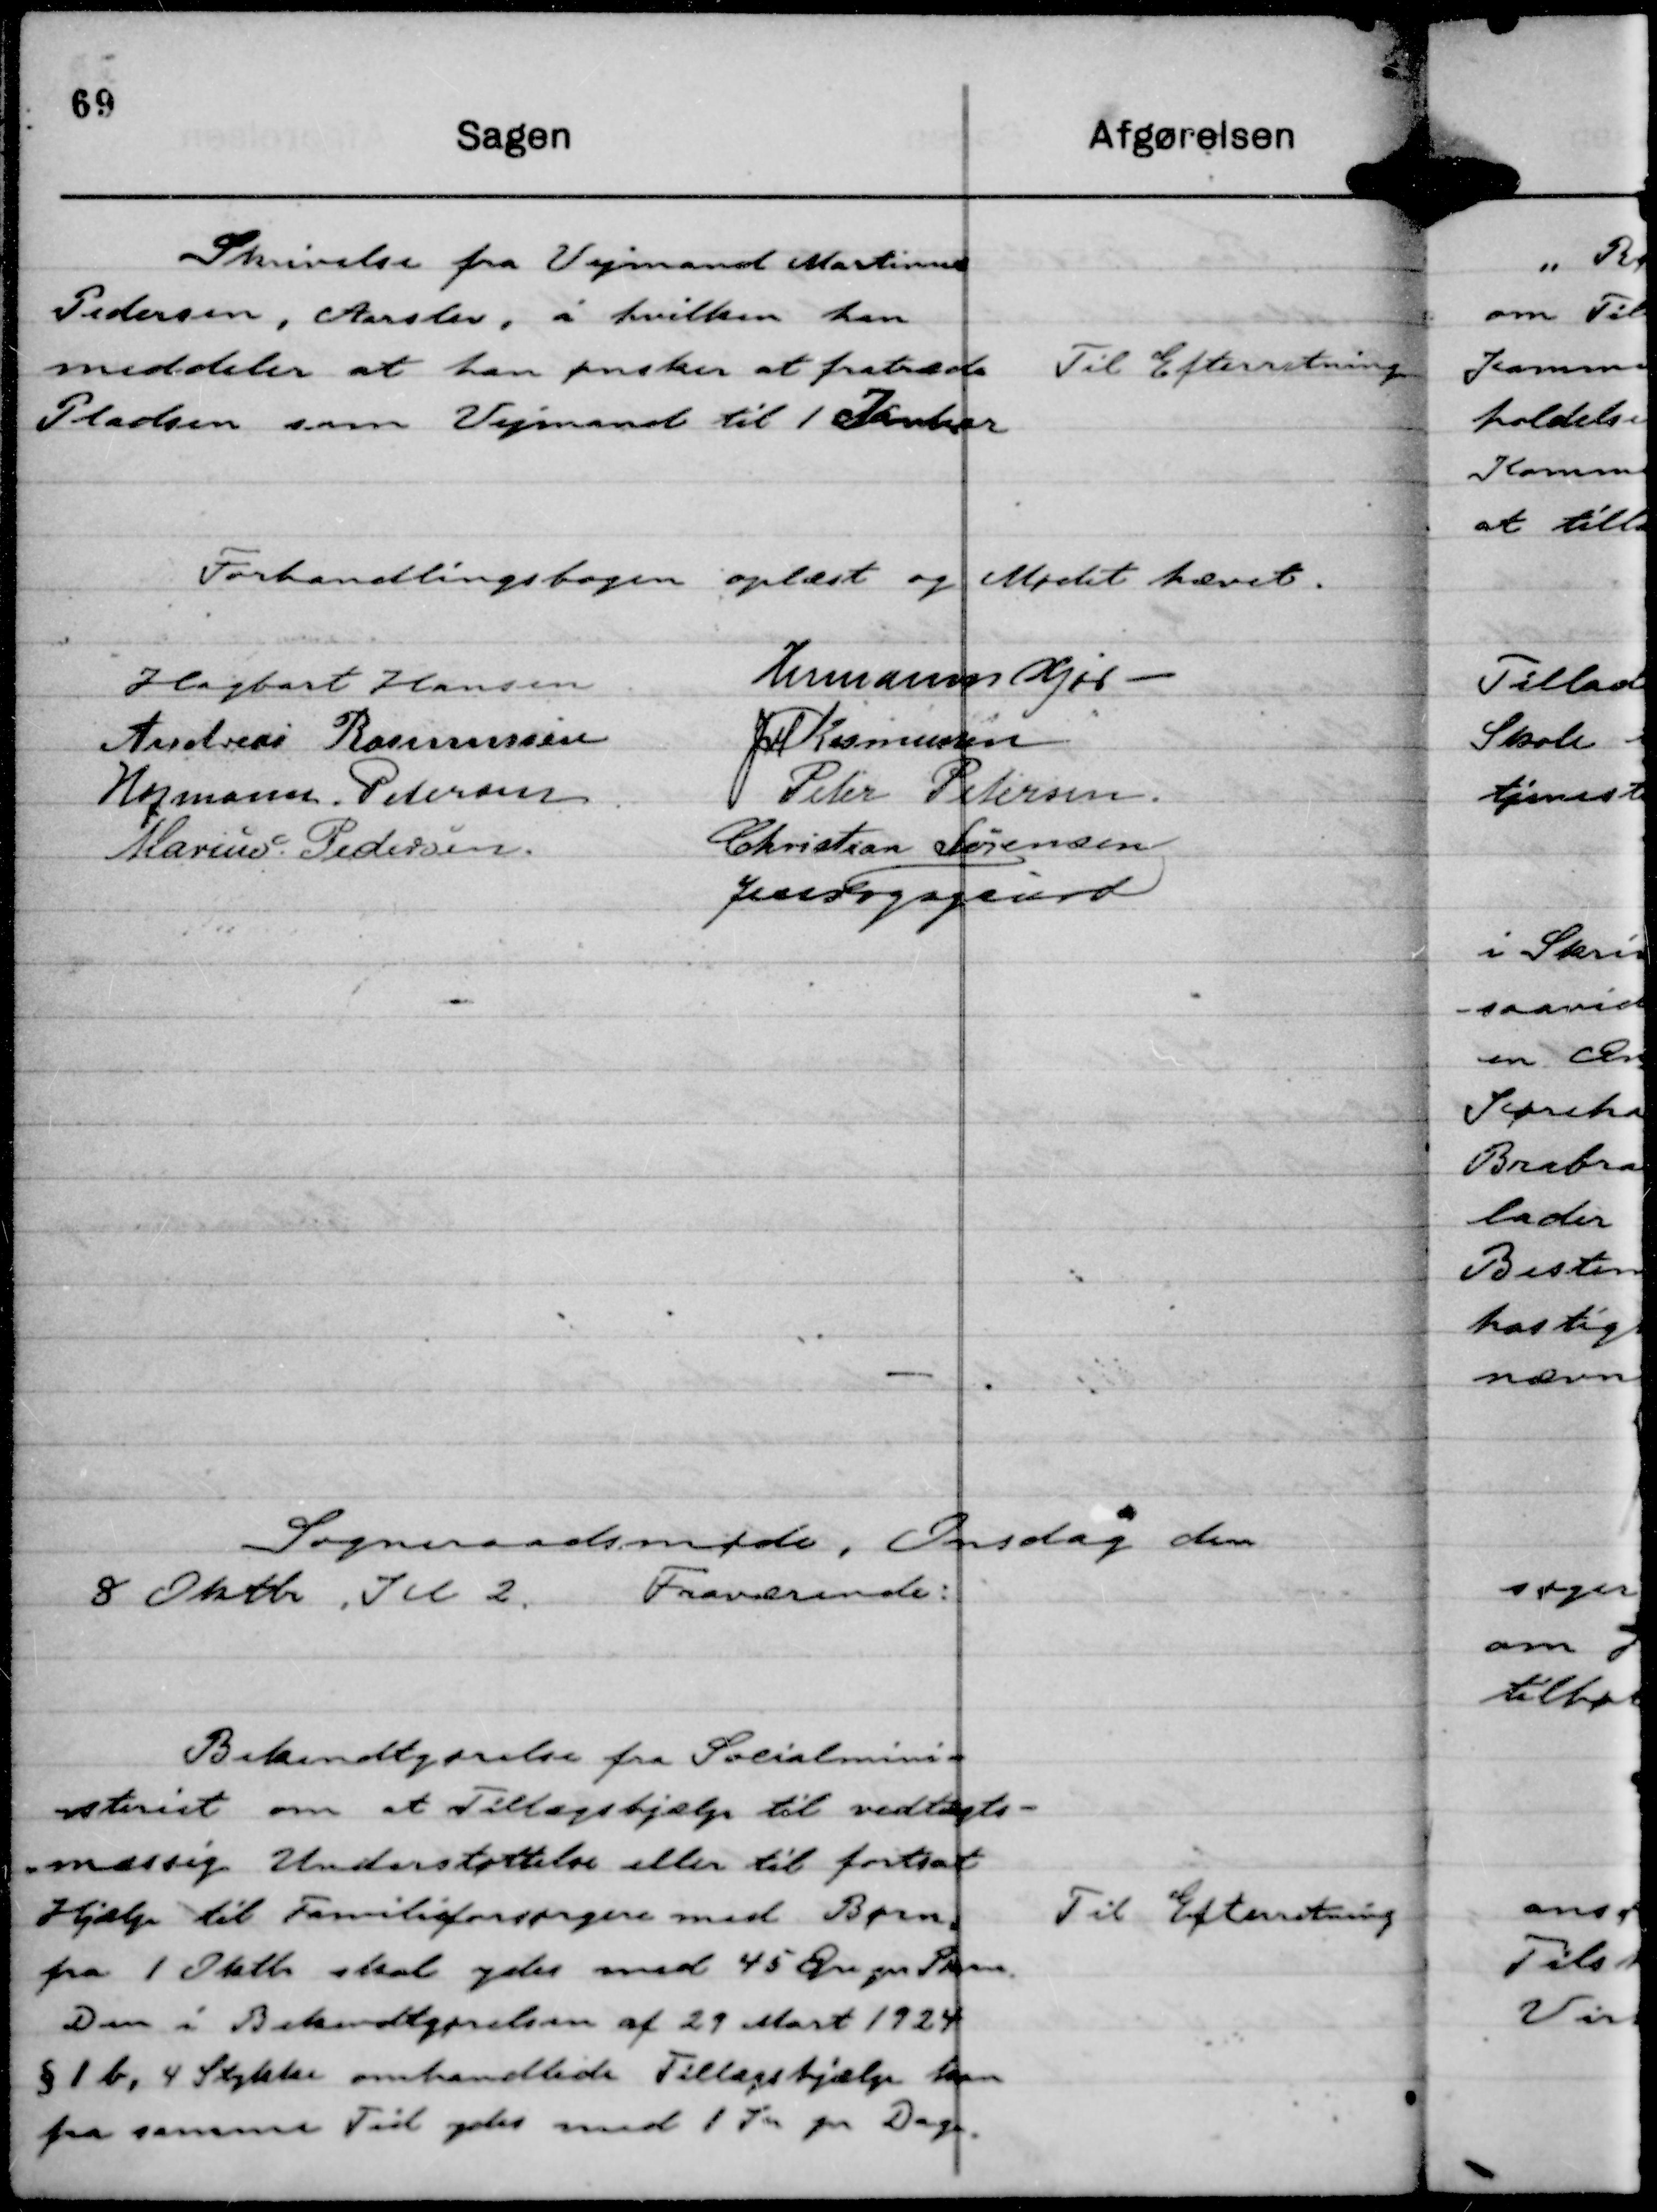
Transskription:
Skrivelse fra Vejmand Martinus
Pedersen, Aarslev, i hvilken han
meddeler at han ønsker at fratræde
Pladsen som Vejmand til 1 Januar

Til Efterretning

Forhandlingsbogen oplæst og Mødet hævet.
Hagbart Hansen
Hermann Kjær -
Andreas Rasmussen
JM Rasmussen
Hofmann Petersen
Peter Petersen
Marius Pedersen.
Christian Sørensen
Jens Fogsgaard

Sogneraadsmøde, Onsdag den
8 Oktbr , Kl 2. Fraværende:

Bekendtgørelse fra Socialmini-
steriet om et Tillægshjælp til vedtægts-
-mæssig Understøttelse eller til fortsat
Hjælp til Familieforsørgere med Børn,
fra 1 Oktbr skal ydes med 45 Øre pr Barn.
Den i Bekendtgørelsen af 29 Mart 1924
§ 1 b, 4 Stykke omhandlede Tillægshjælp kan
fra samme Tid ydes med 1 Kr pr Dag.

Til Efterretning